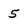
Character: 5